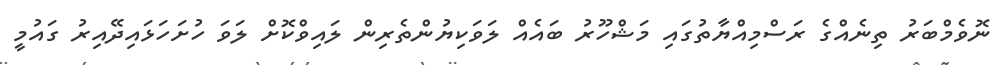
ނޮވެމްބަރު ތިނެއްގެ ރަސްމިއްޔާތުގައި މަޝްހޫރު ބައެއް ލަވަކިޔުންތެރިން ލައިވްކޮށް ލަވަ ހުށަހަޅައިދޭއިރު ގައުމީ